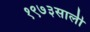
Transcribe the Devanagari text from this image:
१९७३साली